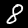
Label: 8